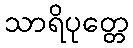
သာရိပုတ္တေ